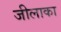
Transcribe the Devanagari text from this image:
जीलाका